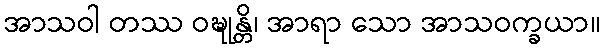
အာသဝါ တဿ ဝဍ္ဎုန္တိ၊ အာရာ သော အာသဝက္ခယာ။